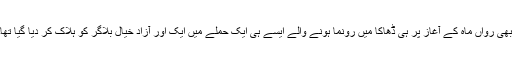
ابھی رواں ماہ کے آغاز پر ہی ڈھاکا میں رونما ہونے والے ایسے ہی ایک حملے میں ایک اور آزاد خیال بلاگر کو ہلاک کر دیا گیا تھا۔